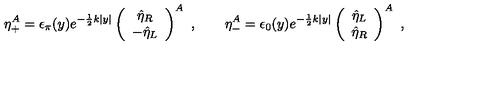
\eta _ { + } ^ { A } = \epsilon _ { \pi } ( y ) e ^ { - \frac { 1 } { 2 } k | y | } \left( \begin{array} { c } { \hat { \eta } _ { R } } \\ { - \hat { \eta } _ { L } } \\ \end{array} \right) ^ { A } \ , \qquad \eta _ { - } ^ { A } = \epsilon _ { 0 } ( y ) e ^ { - \frac { 1 } { 2 } k | y | } \left( \begin{array} { c } { \hat { \eta } _ { L } } \\ { \hat { \eta } _ { R } } \\ \end{array} \right) ^ { A } \ ,